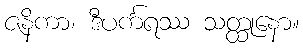
ဇနိကာ၊ ဒီပင်္ကရဿ သတ္ထုနော။